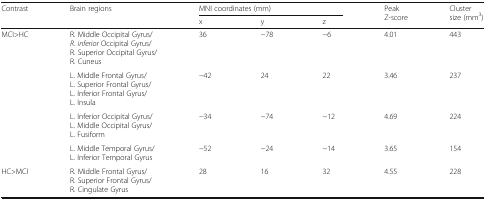
<table><thead><tr><td rowspan="2"><b>Contrast</b></td><td rowspan="2"><b>Brain regions</b></td><td colspan="3"><b>MNI coordinates (mm)</b></td><td rowspan="2"><b>Peak Z-score</b></td><td rowspan="2"><b>Cluster size (mm<sup>3</sup>)</b></td></tr><tr><td><b>x</b></td><td><b>y</b></td><td><b>z</b></td></tr></thead><tbody><tr><td rowspan="4">MCI&gt;HC</td><td>R. Middle Occipital Gyrus/<i>R. inferior</i> Occipital Gyrus/R. Superior Occipital Gyrus/R. Cuneus</td><td>36</td><td>−78</td><td>−6</td><td>4.01</td><td>443</td></tr><tr><td>L. Middle Frontal Gyrus/L. Superior Frontal Gyrus/L. Inferior Frontal Gyrus/L. Insula</td><td>−42</td><td>24</td><td>22</td><td>3.46</td><td>237</td></tr><tr><td>L. Inferior Occipital Gyrus/L. Middle Occipital Gyrus/L. Fusiform</td><td>−34</td><td>−74</td><td>−12</td><td>4.69</td><td>224</td></tr><tr><td>L. Middle Temporal Gyrus/L. Inferior Temporal Gyrus</td><td>−52</td><td>−24</td><td>−14</td><td>3.65</td><td>154</td></tr><tr><td>HC&gt;MCI</td><td>R. Middle Frontal Gyrus/R. Superior Frontal Gyrus/R. Cingulate Gyrus</td><td>28</td><td>16</td><td>32</td><td>4.55</td><td>228</td></tr></tbody></table>